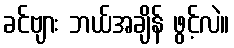
ခင်ဗျား ဘယ်အချိန် ဖွင့်လဲ။